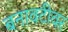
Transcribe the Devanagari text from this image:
बनावटीवर